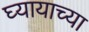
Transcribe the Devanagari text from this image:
घ्यायाच्या